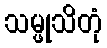
သမ္ဖုသိတုံ